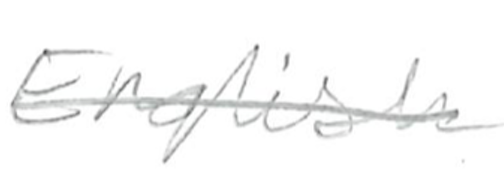
Text: English
Cross-out: single-line
Writing tool: pencil